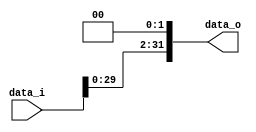
`timescale 1ns / 1ps
//////////////////////////////////////////////////////////////////////////////////
// Company: 
// Engineer: 
// 
// Design Name: 
// Module Name:    Shift_Left_Two_32 
// Project Name: 
// Target Devices: 
// Tool versions: 
// Description: 
//
// Dependencies: 
//
// Revision: 
// Revision 0.01 - File Created
// Additional Comments: 
//
//////////////////////////////////////////////////////////////////////////////////
module Shift_Left_Two_32(
   data_i,
    data_o
    );

//I/O ports                    
	  input [32-1:0] data_i;
	  output [32-1:0] data_o;

//shift left 2
     assign data_o = data_i << 2;   
endmodule